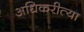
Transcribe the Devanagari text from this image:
अधिकरीत्या